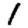
Digit: 1